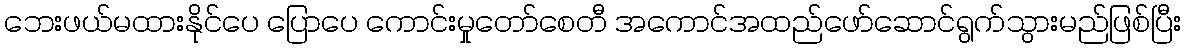
ဘေးဖယ်မထားနိုင်ပေ ပြောပေ ကောင်းမှုတော်စေတီ အကောင်အထည်ဖော်ဆောင်ရွက်သွားမည်ဖြစ်ပြီး